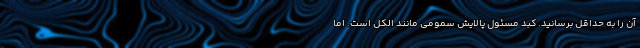
آن را به حداقل برسانید. کبد مسئول پالایش سمومی مانند الکل است. اما